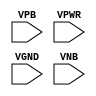
module sky130_fd_sc_hd__tap (
    //# {{power|Power}}
    input VPB ,
    input VPWR,
    input VGND,
    input VNB
);
endmodule